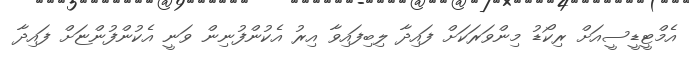
އެމްޓީޑީސީއަށް ރިކޯޑު މިންވަރަކަށް ފައިދާ ލިބިފައިވާ އިރު އެކުންފުނިން ވަނީ އެކުންފުންޏަށް ފައިދާ